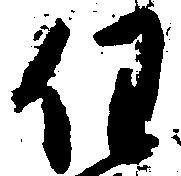
任